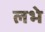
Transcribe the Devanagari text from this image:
लभे